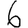
Digit: 6